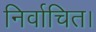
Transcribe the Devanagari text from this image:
निर्वाचित।